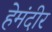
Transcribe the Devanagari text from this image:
हेमंदीर